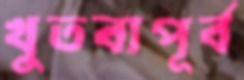
খুতবাপূর্ব